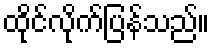
ထိုင်လိုက်ပြန်သည်။